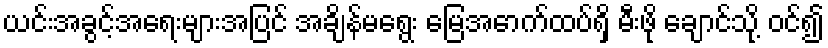
ယင်းအခွင့်အရေးများအပြင် အချိန်မရွေး မြေအောက်ထပ်ရှိ မီးဖို ချောင်သို့ ဝင်၍